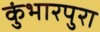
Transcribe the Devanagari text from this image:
कुंभारपुरा